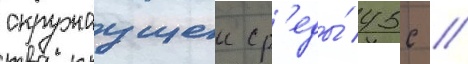
окружаущеи ср'еды́ 45с //